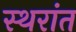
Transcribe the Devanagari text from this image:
स्थरांत